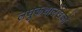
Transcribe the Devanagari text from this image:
लघुकथालेखकों